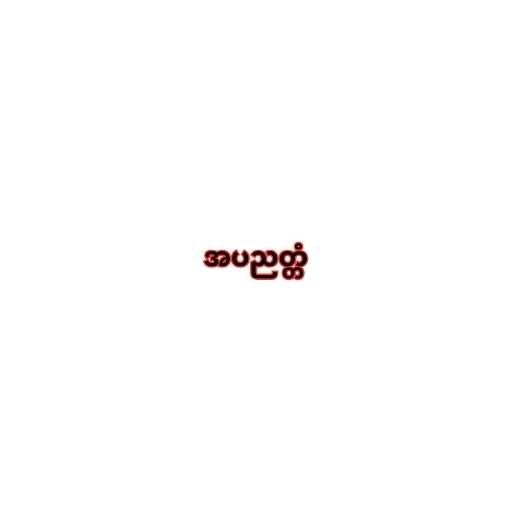
အပညတ္တံ